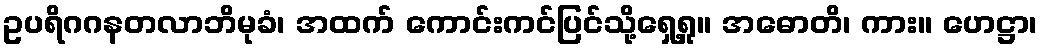
ဥပရိဂဂနတလာဘိမုခံ၊ အထက် ကောင်းကင်ပြင်သို့ရှေ့ရှု။ အဓောတိ၊ ကား။ ဟေဋ္ဌာ၊